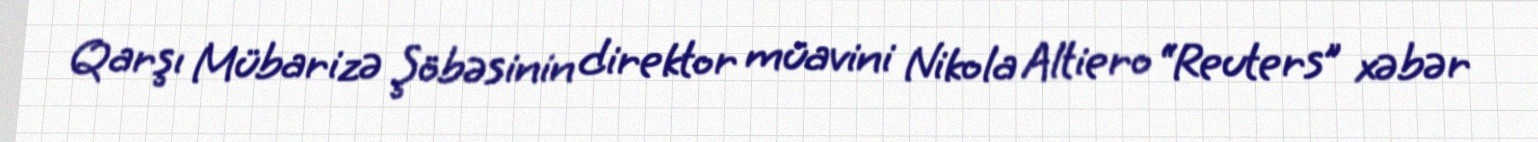
Qarşı Mübarizə Şöbəsinin direktor müavini Nikola Altiero “Reuters” xəbər